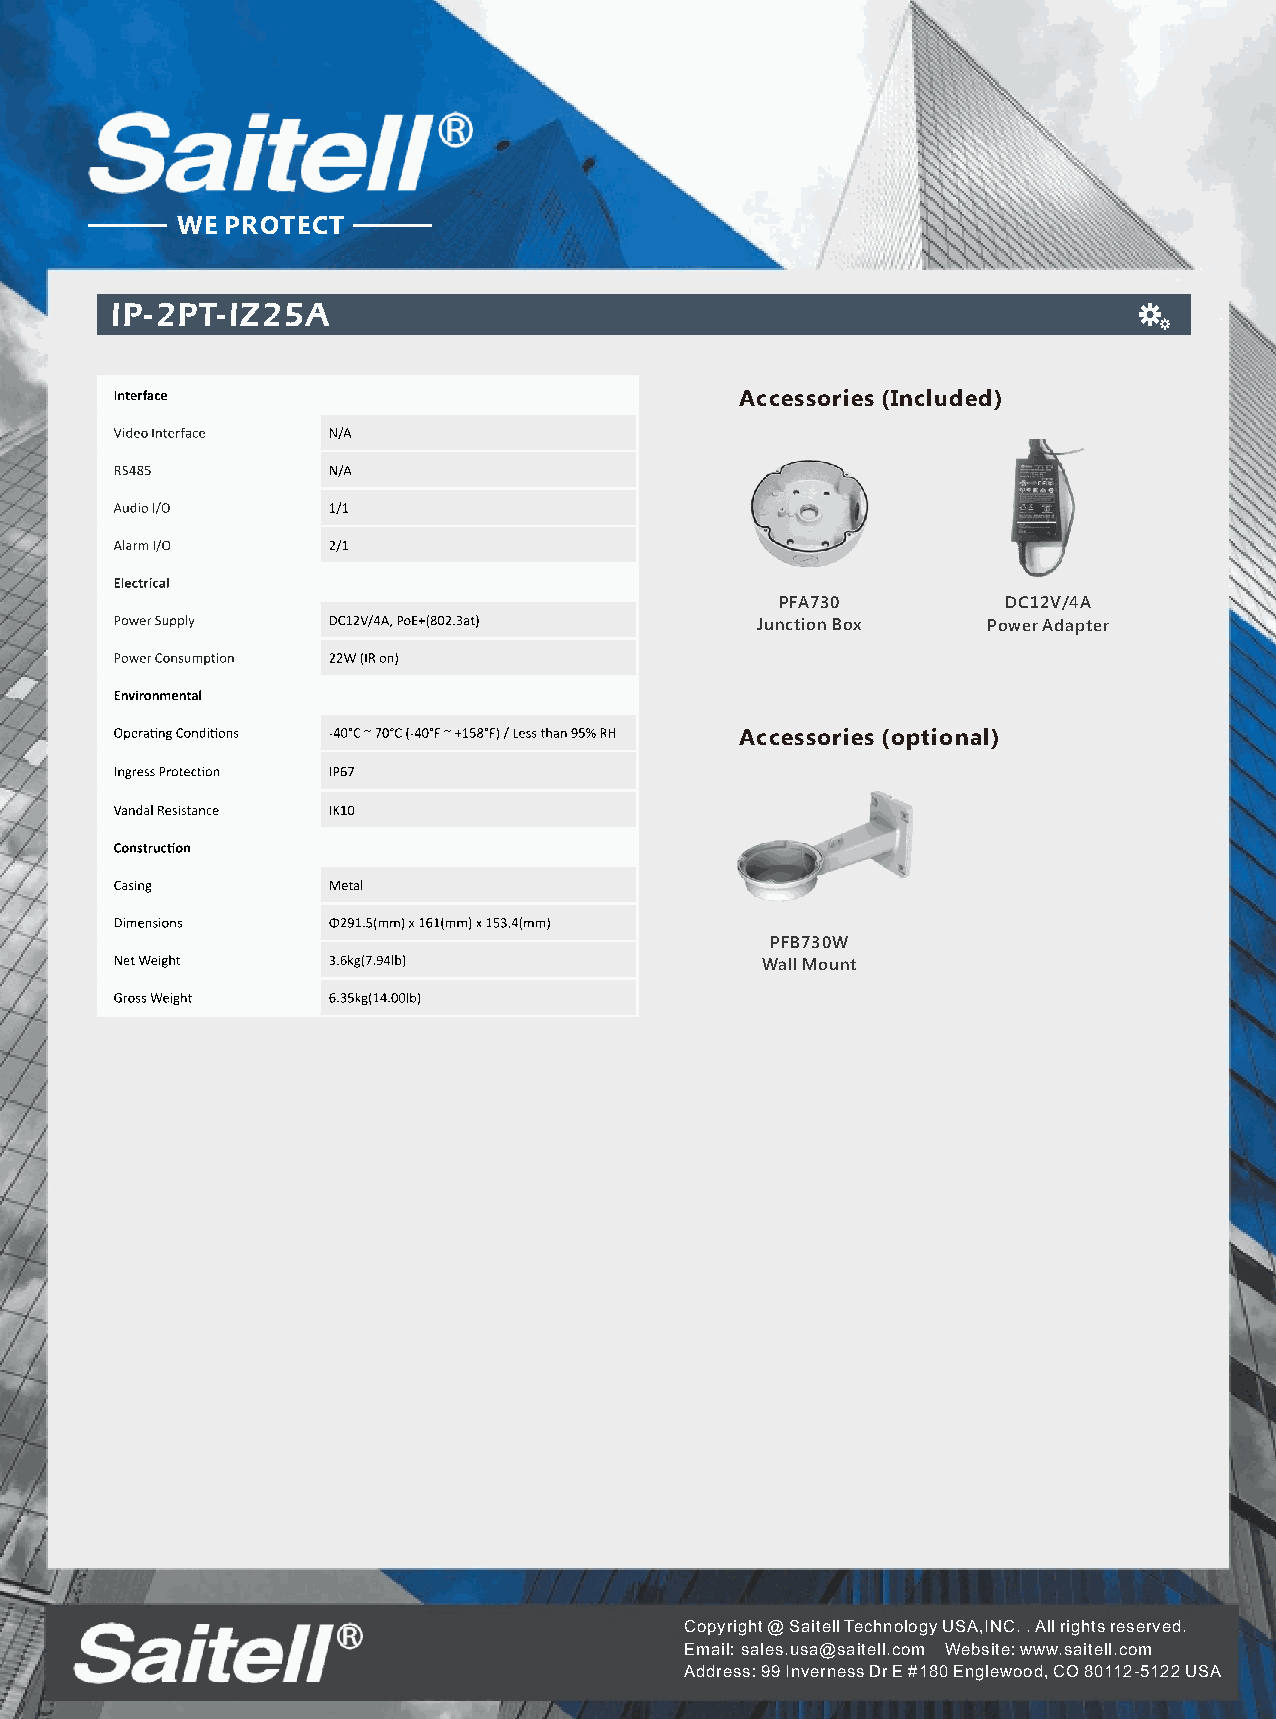
WE PROTECT
 IP-2PT-IZ25A
 Accessories (Included)
 PFA730         DC12V/4A
 Junction Box   Power Adapter
 Accessories (optional)
 PFB730W
 Wall Mount
 Copyright @ Saitell Technology USA,INC. . All rights reserved.
 Email: sales.usa@saitell.com Website: www.saitell.com
 Address: 99 Inverness Dr E #180 Englewood, CO 80112-5122 USA